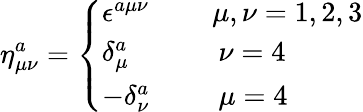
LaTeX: \eta_{\mu\nu}^{a}=\left\{ \begin{array}{lll}{{\epsilon^{a\mu\nu}\: }}&{{}}&{{\mu,\nu=1,2,3}}\\ {{\delta_{\mu}^{a}\: }}&{{}}&{{\: \nu=4\: \: }}\\ {{-\delta_{\nu}^{a}\: }}&{{}}&{{\: \mu=4\: \: }}\end{array}\right.